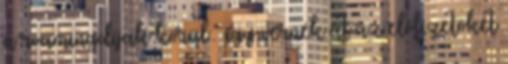
a roamingdíjak körül – így vernék át az előfizetőket